NAE_ERA_R-1665_Eesti_Kunstnike_Liit, lk 52
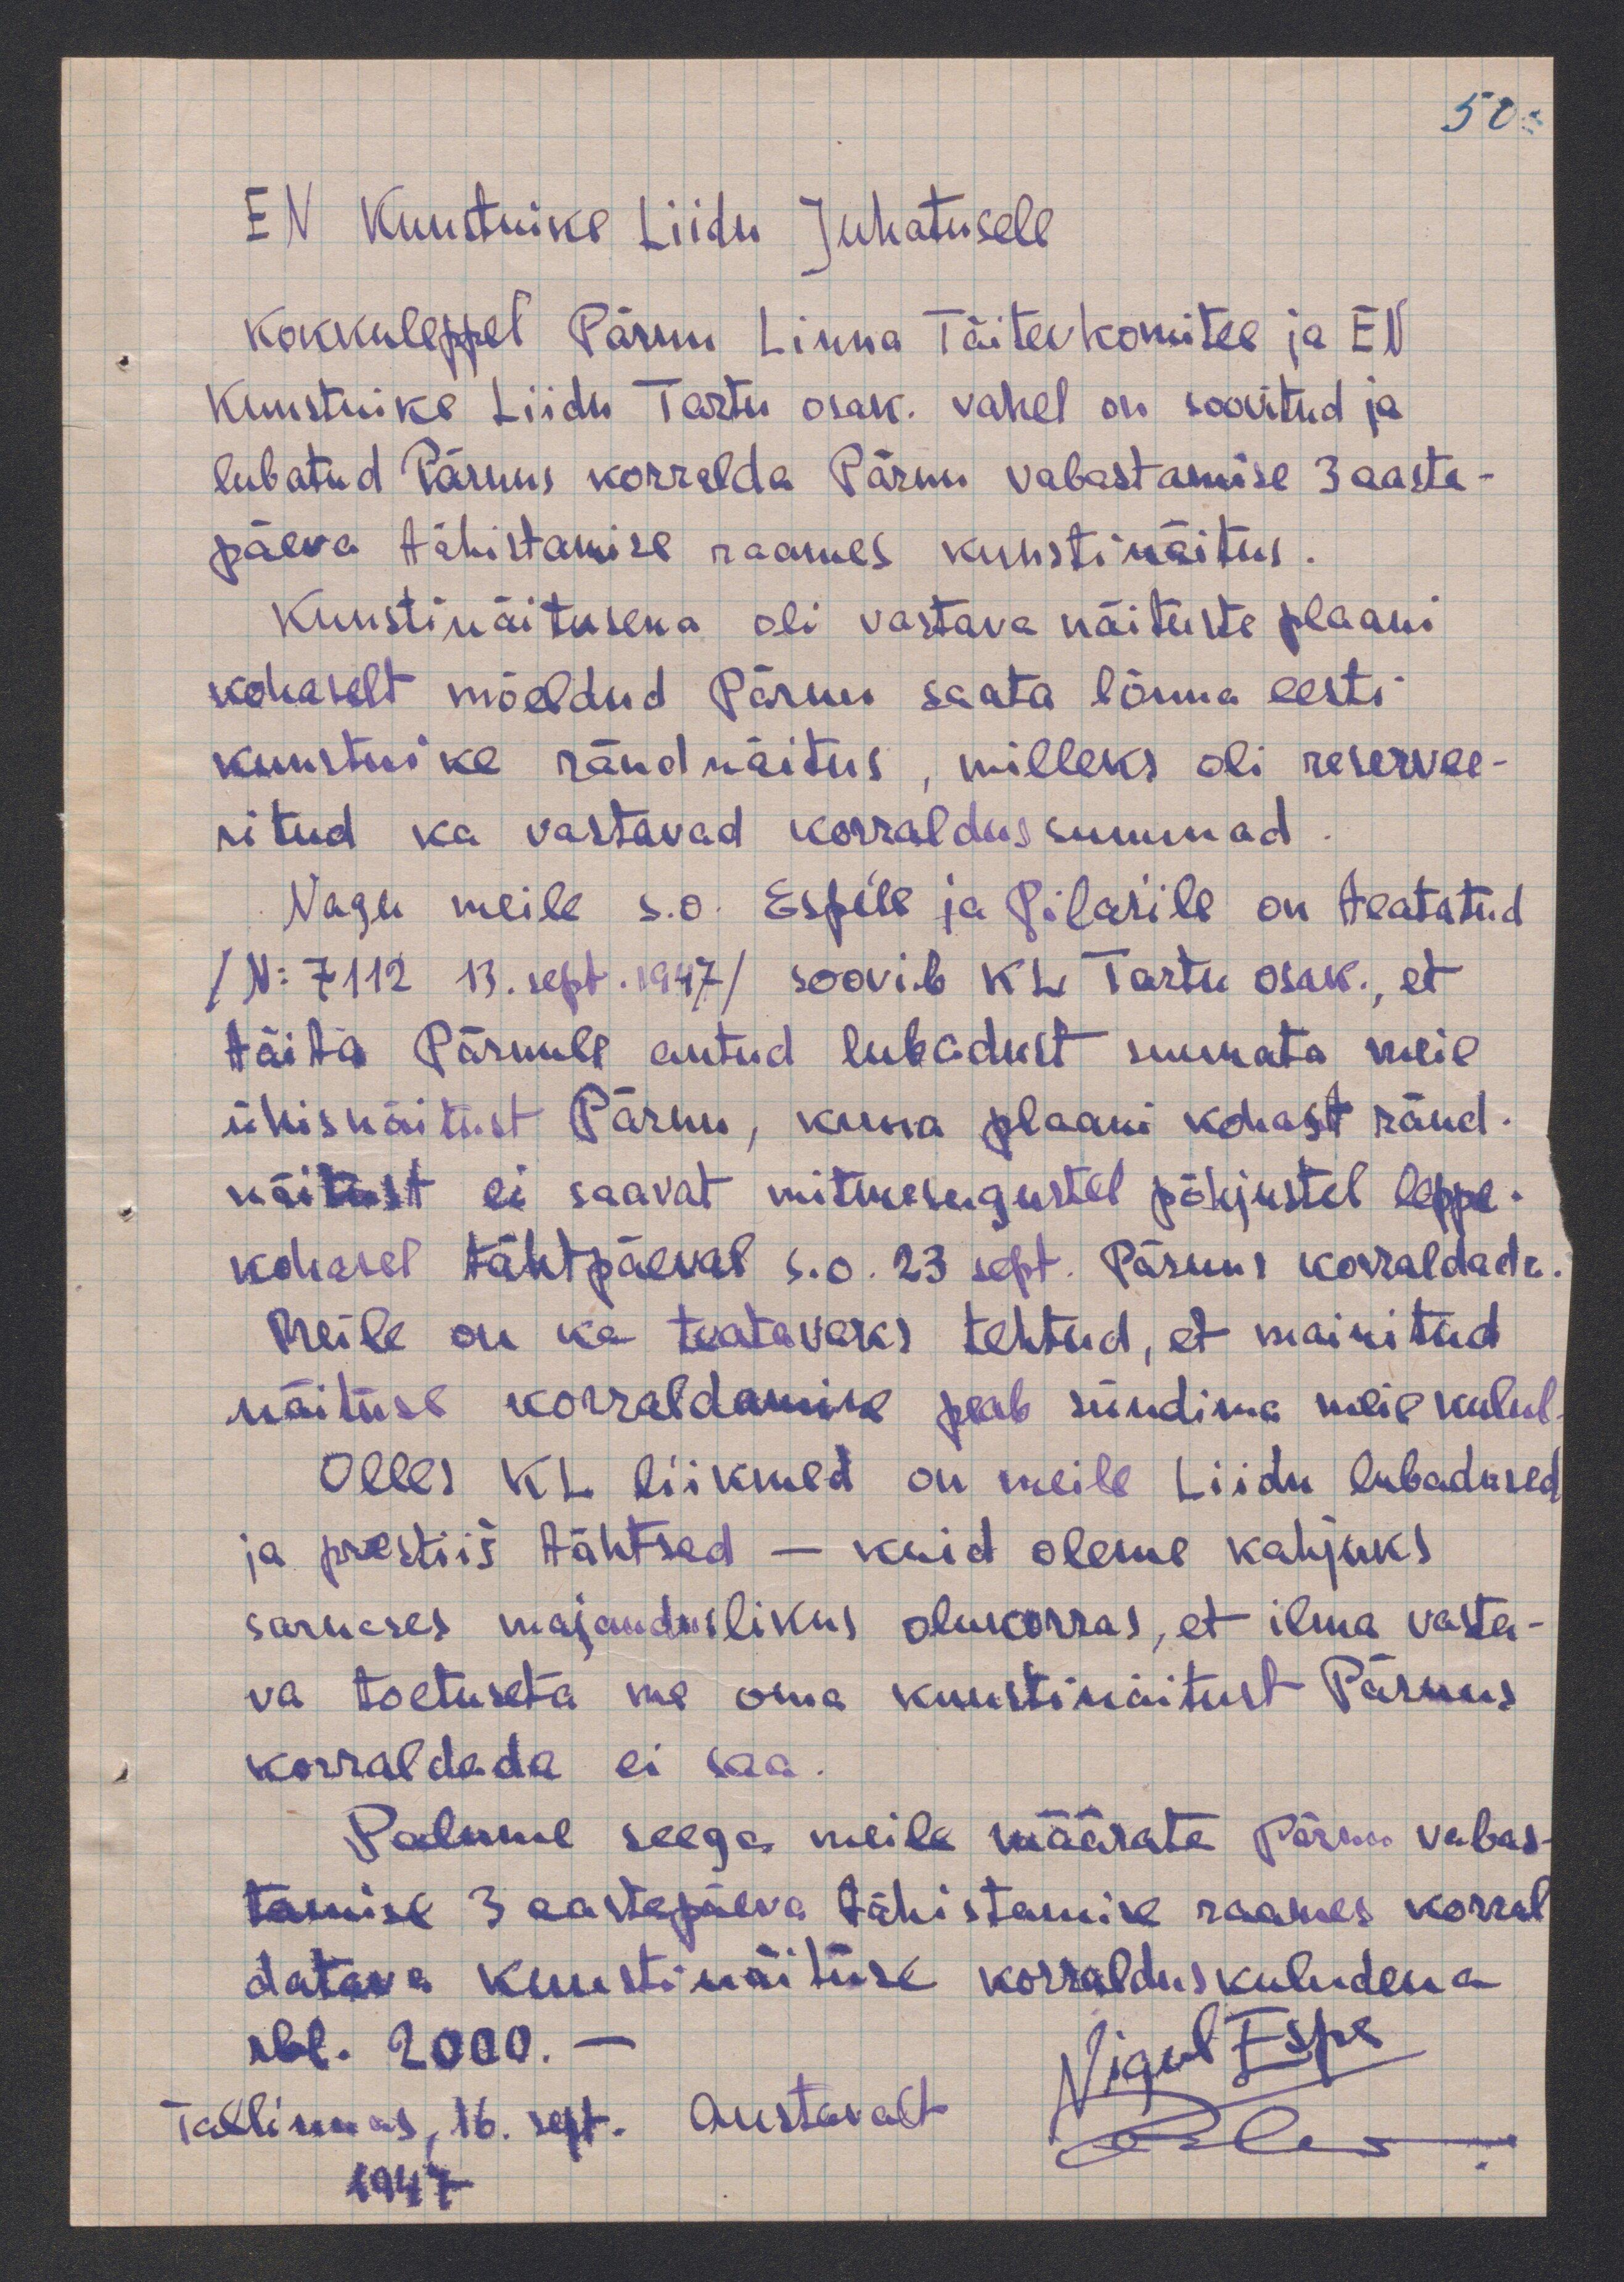
50.
EN Kunstnike Liidu Juhatusele
Kokkuleppel Pärnu Linna Täitevkomitee ja EN
Kunstnike Liidu Tartu osak. vahel on soovitud ja
lubatud Pärnus korralda Pärnu vabastamise 3 aasta-
päeva tähistamise raames kunstinäitus.
Kunstinäitusena oli vastava näituste plaani
kohaselt mõeldud Pärnu saata lõuna eesti
kunstnike rändnäitus, milleks oli reservee-
ritud ka vastavad korraldussummad.
Nagu meile s.o. Espe´le ja Pilar´ile on teatatud
/N: 7112 13. sept.1947/ soovib KL Tartu osak., et
täita Pärnule antud lubadust suunata meie
ühisnäitust Pärnu, kuna plaani kohast ränd-
näitust ei saavat mitmesugustel põhjustel leppe-
kohasel tähtpäeval s.o. 23 sept. Pärnus korraldada.
Meile on ka teatavaks tehtud, et mainitud
näituse korraldamine peab sündima meie kulul.
Olles KL liikmed on meile Liidu lubadused
ja prestiiš tähtsad - kuid oleme kahjuks
sarnases majanduslikus olukorras, et ilma vasta-
va toetusta me oma kunstinäitust Pärnus
korraldada ei saa.
Palume seega meile määrata Pärnu vabas-
tamise 3 aastapäeva tähistamise raames korral
datava kunstinäituse korralduskuludena
rbl. 2000. -
Tallinnas, 16. sept. Austavalt
Nigul Espe
Pilar.
1947